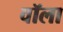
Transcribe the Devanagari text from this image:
वॉला